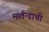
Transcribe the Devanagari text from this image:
मार्तन्डाची